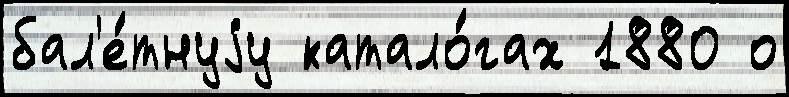
бал'е́тнуjу катало́гах 1880 о